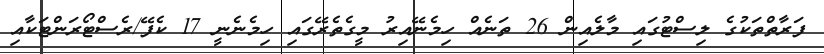
ފަރާތްތަކުގެ ލިސްޓުގައި މާލެއިން 26 ތަނެއް ހިމެނޭއިރު މީގެތެރޭގަައި ހިމެނެނީ 17 ކެފޭ/ރެސްޓޯރަންޓަކާއި